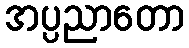
အပ္ပညာတော